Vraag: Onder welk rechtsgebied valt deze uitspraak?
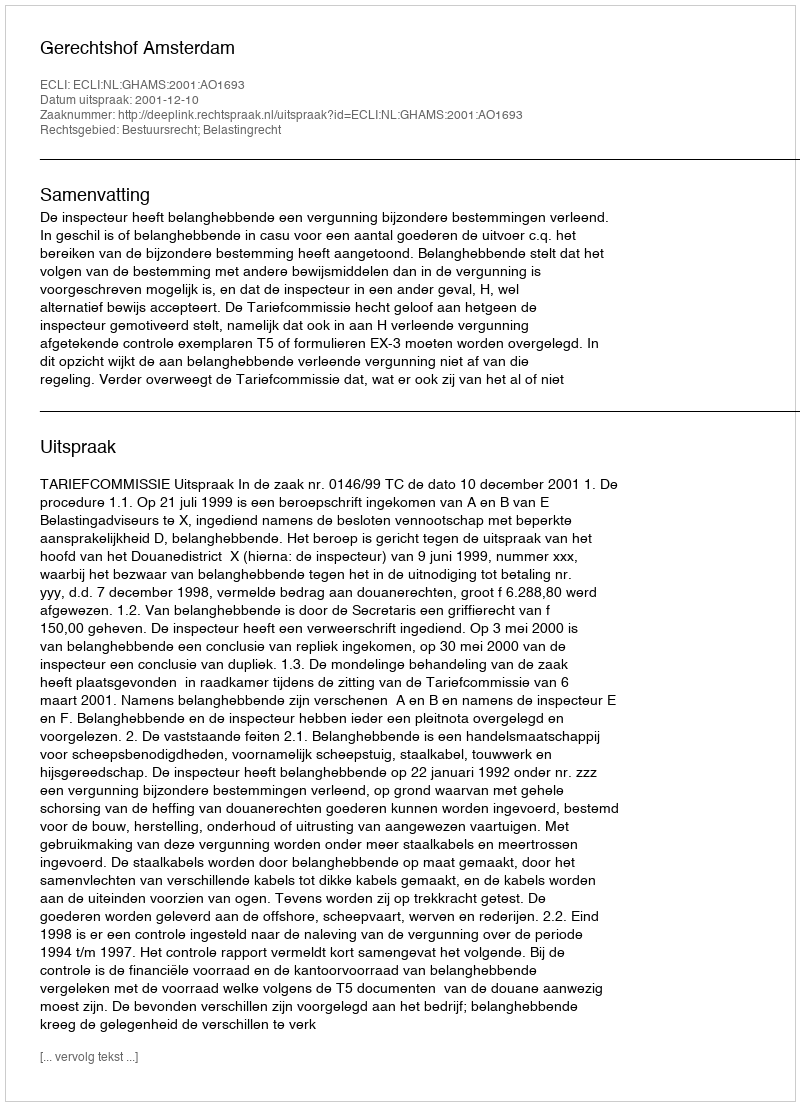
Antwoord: Bestuursrecht; Belastingrecht